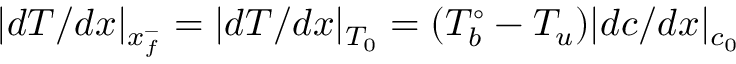
| d T / d x | _ { x _ { f } ^ { - } } = | d T / d x | _ { T _ { 0 } } = ( T _ { b } ^ { \circ } - T _ { u } ) | d c / d x | _ { c _ { 0 } }